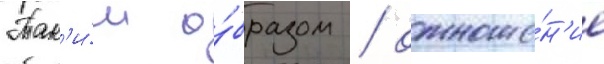
Так'и́м о́бразом / отноше́н'ие